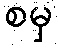
စမှ